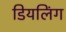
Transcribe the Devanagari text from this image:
डियलिंग